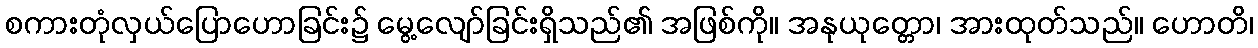
စကားတုံလှယ်ပြောဟောခြင်း၌ မွေ့လျော်ခြင်းရှိသည်၏ အဖြစ်ကို။ အနုယုတ္တော၊ အားထုတ်သည်။ ဟောတိ၊